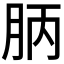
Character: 𣍪